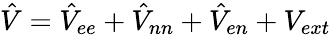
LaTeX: \hat{V}=\hat{V}_{ee}+\hat{V}_{nn}+\hat{V}_{en}+V_{ext}